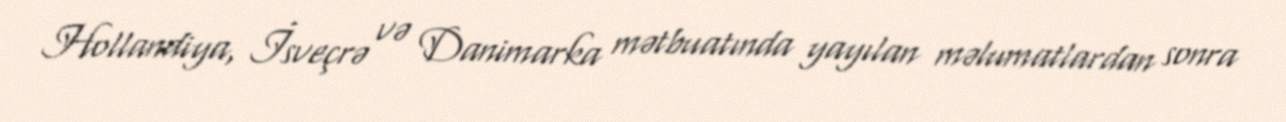
Hollandiya, İsveçrə və Danimarka mətbuatında yayılan məlumatlardan sonra